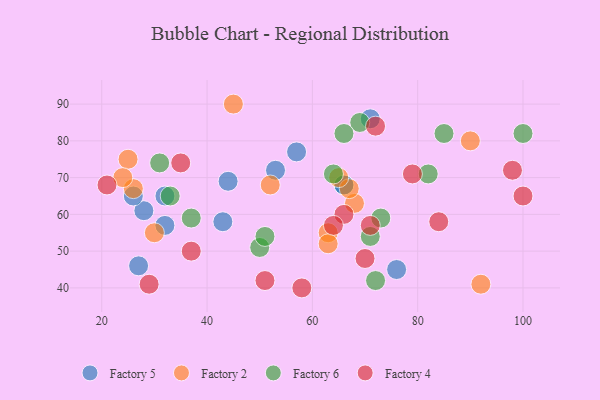
{"axis": {"x": "GDP", "y": "Life Expectancy"}, "legend": ["Factory 2", "Factory 4", "Factory 5", "Factory 6"], "data": [{"x": "66", "y": 68, "type": "Factory 5"}, {"x": "32", "y": 65, "type": "Factory 5"}, {"x": "76", "y": 45, "type": "Factory 5"}, {"x": "32", "y": 57, "type": "Factory 5"}, {"x": "43", "y": 58, "type": "Factory 5"}, {"x": "71", "y": 86, "type": "Factory 5"}, {"x": "28", "y": 61, "type": "Factory 5"}, {"x": "27", "y": 46, "type": "Factory 5"}, {"x": "44", "y": 69, "type": "Factory 5"}, {"x": "57", "y": 77, "type": "Factory 5"}, {"x": "53", "y": 72, "type": "Factory 5"}, {"x": "66", "y": 68, "type": "Factory 5"}, {"x": "26", "y": 65, "type": "Factory 5"}, {"x": "68", "y": 63, "type": "Factory 2"}, {"x": "63", "y": 55, "type": "Factory 2"}, {"x": "67", "y": 67, "type": "Factory 2"}, {"x": "25", "y": 75, "type": "Factory 2"}, {"x": "65", "y": 70, "type": "Factory 2"}, {"x": "26", "y": 67, "type": "Factory 2"}, {"x": "63", "y": 52, "type": "Factory 2"}, {"x": "92", "y": 41, "type": "Factory 2"}, {"x": "24", "y": 70, "type": "Factory 2"}, {"x": "52", "y": 68, "type": "Factory 2"}, {"x": "45", "y": 90, "type": "Factory 2"}, {"x": "90", "y": 80, "type": "Factory 2"}, {"x": "30", "y": 55, "type": "Factory 2"}, {"x": "50", "y": 51, "type": "Factory 6"}, {"x": "100", "y": 82, "type": "Factory 6"}, {"x": "69", "y": 85, "type": "Factory 6"}, {"x": "73", "y": 59, "type": "Factory 6"}, {"x": "51", "y": 54, "type": "Factory 6"}, {"x": "85", "y": 82, "type": "Factory 6"}, {"x": "82", "y": 71, "type": "Factory 6"}, {"x": "31", "y": 74, "type": "Factory 6"}, {"x": "64", "y": 71, "type": "Factory 6"}, {"x": "72", "y": 42, "type": "Factory 6"}, {"x": "33", "y": 65, "type": "Factory 6"}, {"x": "37", "y": 59, "type": "Factory 6"}, {"x": "66", "y": 82, "type": "Factory 6"}, {"x": "71", "y": 54, "type": "Factory 6"}, {"x": "29", "y": 41, "type": "Factory 4"}, {"x": "79", "y": 71, "type": "Factory 4"}, {"x": "72", "y": 84, "type": "Factory 4"}, {"x": "51", "y": 42, "type": "Factory 4"}, {"x": "35", "y": 74, "type": "Factory 4"}, {"x": "66", "y": 60, "type": "Factory 4"}, {"x": "58", "y": 40, "type": "Factory 4"}, {"x": "64", "y": 57, "type": "Factory 4"}, {"x": "37", "y": 50, "type": "Factory 4"}, {"x": "70", "y": 48, "type": "Factory 4"}, {"x": "84", "y": 58, "type": "Factory 4"}, {"x": "100", "y": 65, "type": "Factory 4"}, {"x": "71", "y": 57, "type": "Factory 4"}, {"x": "98", "y": 72, "type": "Factory 4"}, {"x": "21", "y": 68, "type": "Factory 4"}]}